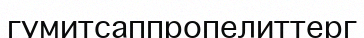
гумитсаппропелиттерг